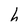
Character: h